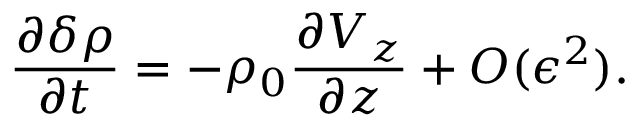
\frac { \partial \delta \rho } { \partial t } = - \rho _ { 0 } \frac { \partial V _ { z } } { \partial z } + O ( \epsilon ^ { 2 } ) .